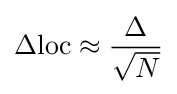
\Delta \mathrm {loc} \approx {\frac {\Delta }{\sqrt {N}}}